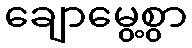
ချောမွေ့စွာ